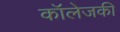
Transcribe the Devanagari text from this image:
कॉलेजकी